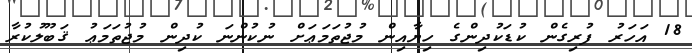
18 އަހަރު ފުރިގެން ކުޑަކުދިންގެ ހިޔާއިން މުޖުތަމަޢަށް ނުކުންނަ ކުދިން މުޖުތަމަޢު ޤަބޫލުކުރާ